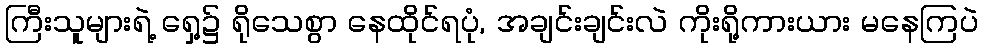
ကြီးသူများရဲ့ ရှေ့၌ ရိုသေစွာ နေထိုင်ရပုံ, အချင်းချင်းလဲ ကိုးရို့ကားယား မနေကြပဲ